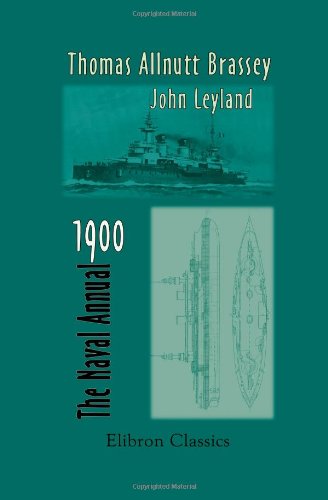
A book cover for The Naval Annual, 1900; Thomas Allnutt Brassey;  John Leyland; Engineering & Transportation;